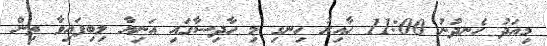
މިއަދު ހެނދުނު 11:00 ހާއިރު ހިނގި މި ހާދިސާގައި އަނިޔާ ލިބިފައިވާ ތިން